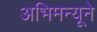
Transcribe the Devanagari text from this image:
अभिमन्यूने